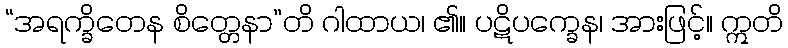
“အရက္ခိတေန စိတ္တေနာ”တိ ဂါထာယ၊ ၏။ ပဋိပက္ခေန၊ အားဖြင့်။ ဣတိ